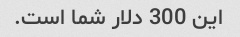
این 300 دلار شما است.